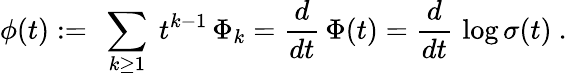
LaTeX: \phi(t):=\ \sum_{k\ge 1}\ t^{k-1}\, \Phi_{k}={\frac{d}{dt}}\, \Phi(t)={\frac{d}{dt}}\, \log\sigma(t)\ .